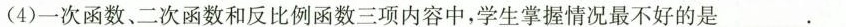
(4)一次函数、二次函数和反比例函数三项内容中，学生掌握情况最不好的是___.